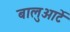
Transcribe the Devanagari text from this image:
बालुआर्टे